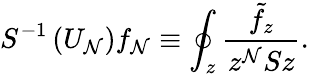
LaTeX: S^{-1}\left(U_{\mathcal{N}}\right)f_{\mathcal{N}}\equiv\oint_{z}\frac{{\tilde{{f}}_{z}}}{{z^{\mathcal{N}}Sz}}.